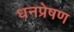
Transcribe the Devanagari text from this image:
धनप्रेषण